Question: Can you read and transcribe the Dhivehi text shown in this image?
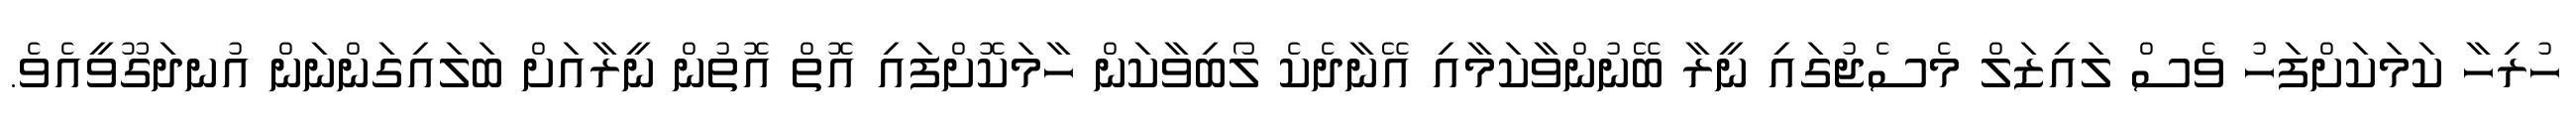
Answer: ހުރިހާ ކަމަކަށްފަހު ވެސް ލައިޒަލް މެސެޖުގައި ނީރާ ބޭނުންވާކަމާއި އޭނާދެކެ ލޯބިވާކަން ހާމަކޮށްފައި އޮތް އޮތުން ނީރާއަށް ބަލައިގަންނަން އުނދަގޫވީއެވެ.